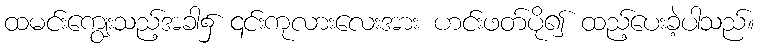
ထမင်းကျွေးသည့်အခါ၌ ၎င်းကုလားလေးအား ဟင်းဖတ်ပို၍ ထည့်ပေးခဲ့ပါသည်။